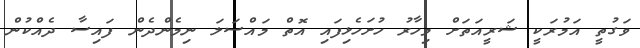
ވަގުތީ އަމުރަކީ ޝަރީއަތަށް މިހާރު ހުށަހެޅިފައި އޮތް މައްސަލަ ނިމެންދެން ފައިސާ ދެއްކުން